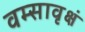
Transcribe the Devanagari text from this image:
वम्सावृक्षं